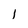
Character: 1